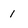
Character: 1